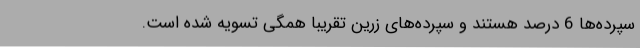
سپرده‌ها 6 درصد هستند و سپرده‌های زرین تقریبا همگی تسویه شده است.